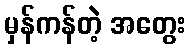
မှန်ကန်တဲ့ အတွေး